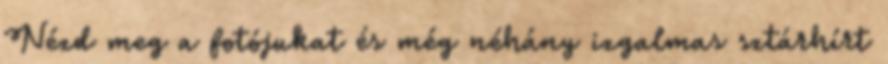
Nézd meg a fotójukat és még néhány izgalmas sztárhírt